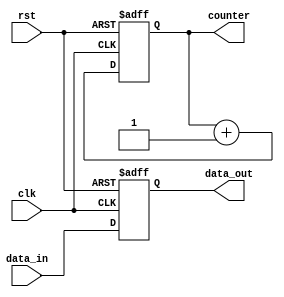
module reset_condition_example (
    input wire clk,          // Clock signal
    input wire rst,          // Active-high reset signal
    input wire [7:0] data_in, // Input data
    output reg [7:0] data_out, // Output data
    output reg [3:0] counter   // Counter output
);

// Initial values for registers
initial begin
    data_out = 8'b0; // Initialize data_out to 0
    counter = 4'b0;  // Initialize counter to 0
end

// Synchronous reset and normal operation
always @(posedge clk or posedge rst) begin
    if (rst) begin
        // Reset condition: Initialize registers
        data_out <= 8'b0; // Reset data_out
        counter <= 4'b0;   // Reset counter
    end else begin
        // Normal operation: Increment counter and assign input to output
        counter <= counter + 1; // Increment counter
        data_out <= data_in;    // Pass input data to output
    end
end

endmodule